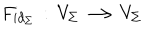
F _ { i d _ { \Sigma } } \, : \, V _ { \Sigma } \longrightarrow V _ { \Sigma }